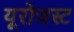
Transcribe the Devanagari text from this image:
यूरोजस्ट